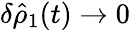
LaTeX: \delta\hat{\rho}_{1}(t)\to 0